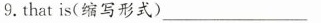
9.that is(缩写形式) ___